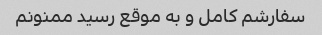
سفارشم کامل و به موقع رسید ممنونم